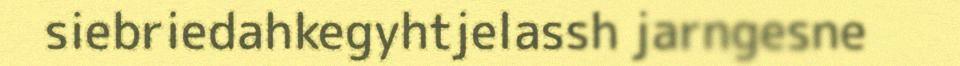
siebriedahkegyhtjelassh jarngesne